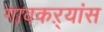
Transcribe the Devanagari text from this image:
गावकऱ्यांस